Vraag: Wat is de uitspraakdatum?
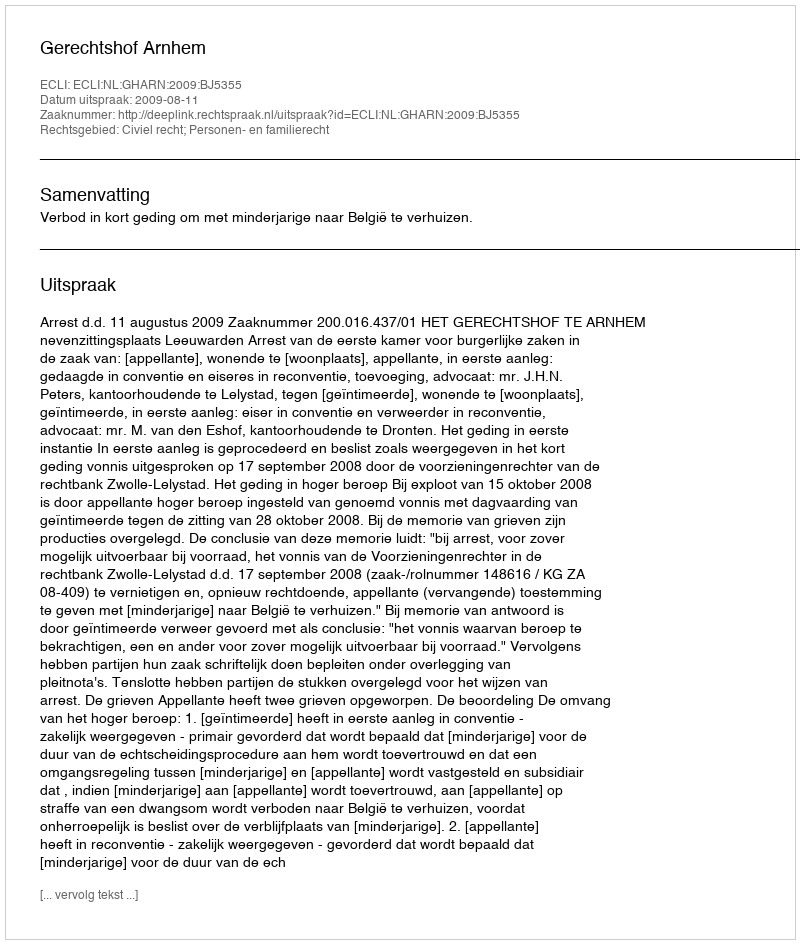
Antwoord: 2009-08-11